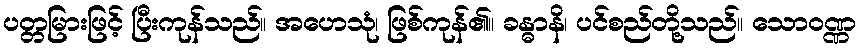
ပတ္တမြားဖြင့် ပြီးကုန်သည်။ အဟေသုံ၊ ဖြစ်ကုန်၏။ ခန္ဓာနိ၊ ပင်စည်တို့သည်။ သောဝဏ္ဏ